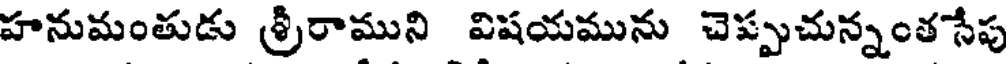
హనుమంతుడు శ్రీరాముని విషయమును చెప్పుచున్నంతసేపు